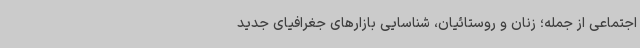
اجتماعی از جمله؛ زنان و روستائیان، شناسایی بازارهای جغرافیای جدید